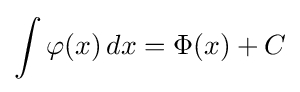
\int \varphi (x)\,dx=\Phi (x)+C